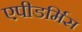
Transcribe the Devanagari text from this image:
एपीडर्मिस